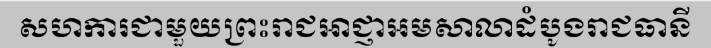
សហការជាមួយព្រះរាជអាជ្ញាអមសាលាដំបូងរាជធានី